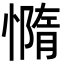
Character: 憜